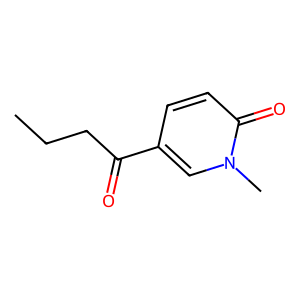
SMILES: CCCC(=O)c1ccc(=O)n(C)c1
Inhibits HIV replication: No